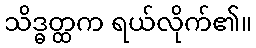
သိဒ္ဓတ္ထက ရယ်လိုက်၏။